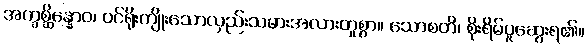
အက္ခစ္ဆိန္နောဝ၊ ဝင်ရိုးကျိုးသောလှည်းသမားအလားတူစွာ။ သောစတိ၊ စိုးရိမ်ပူဆွေးရ၏။